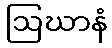
ဩဃာနံ